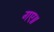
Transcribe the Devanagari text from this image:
गए॥